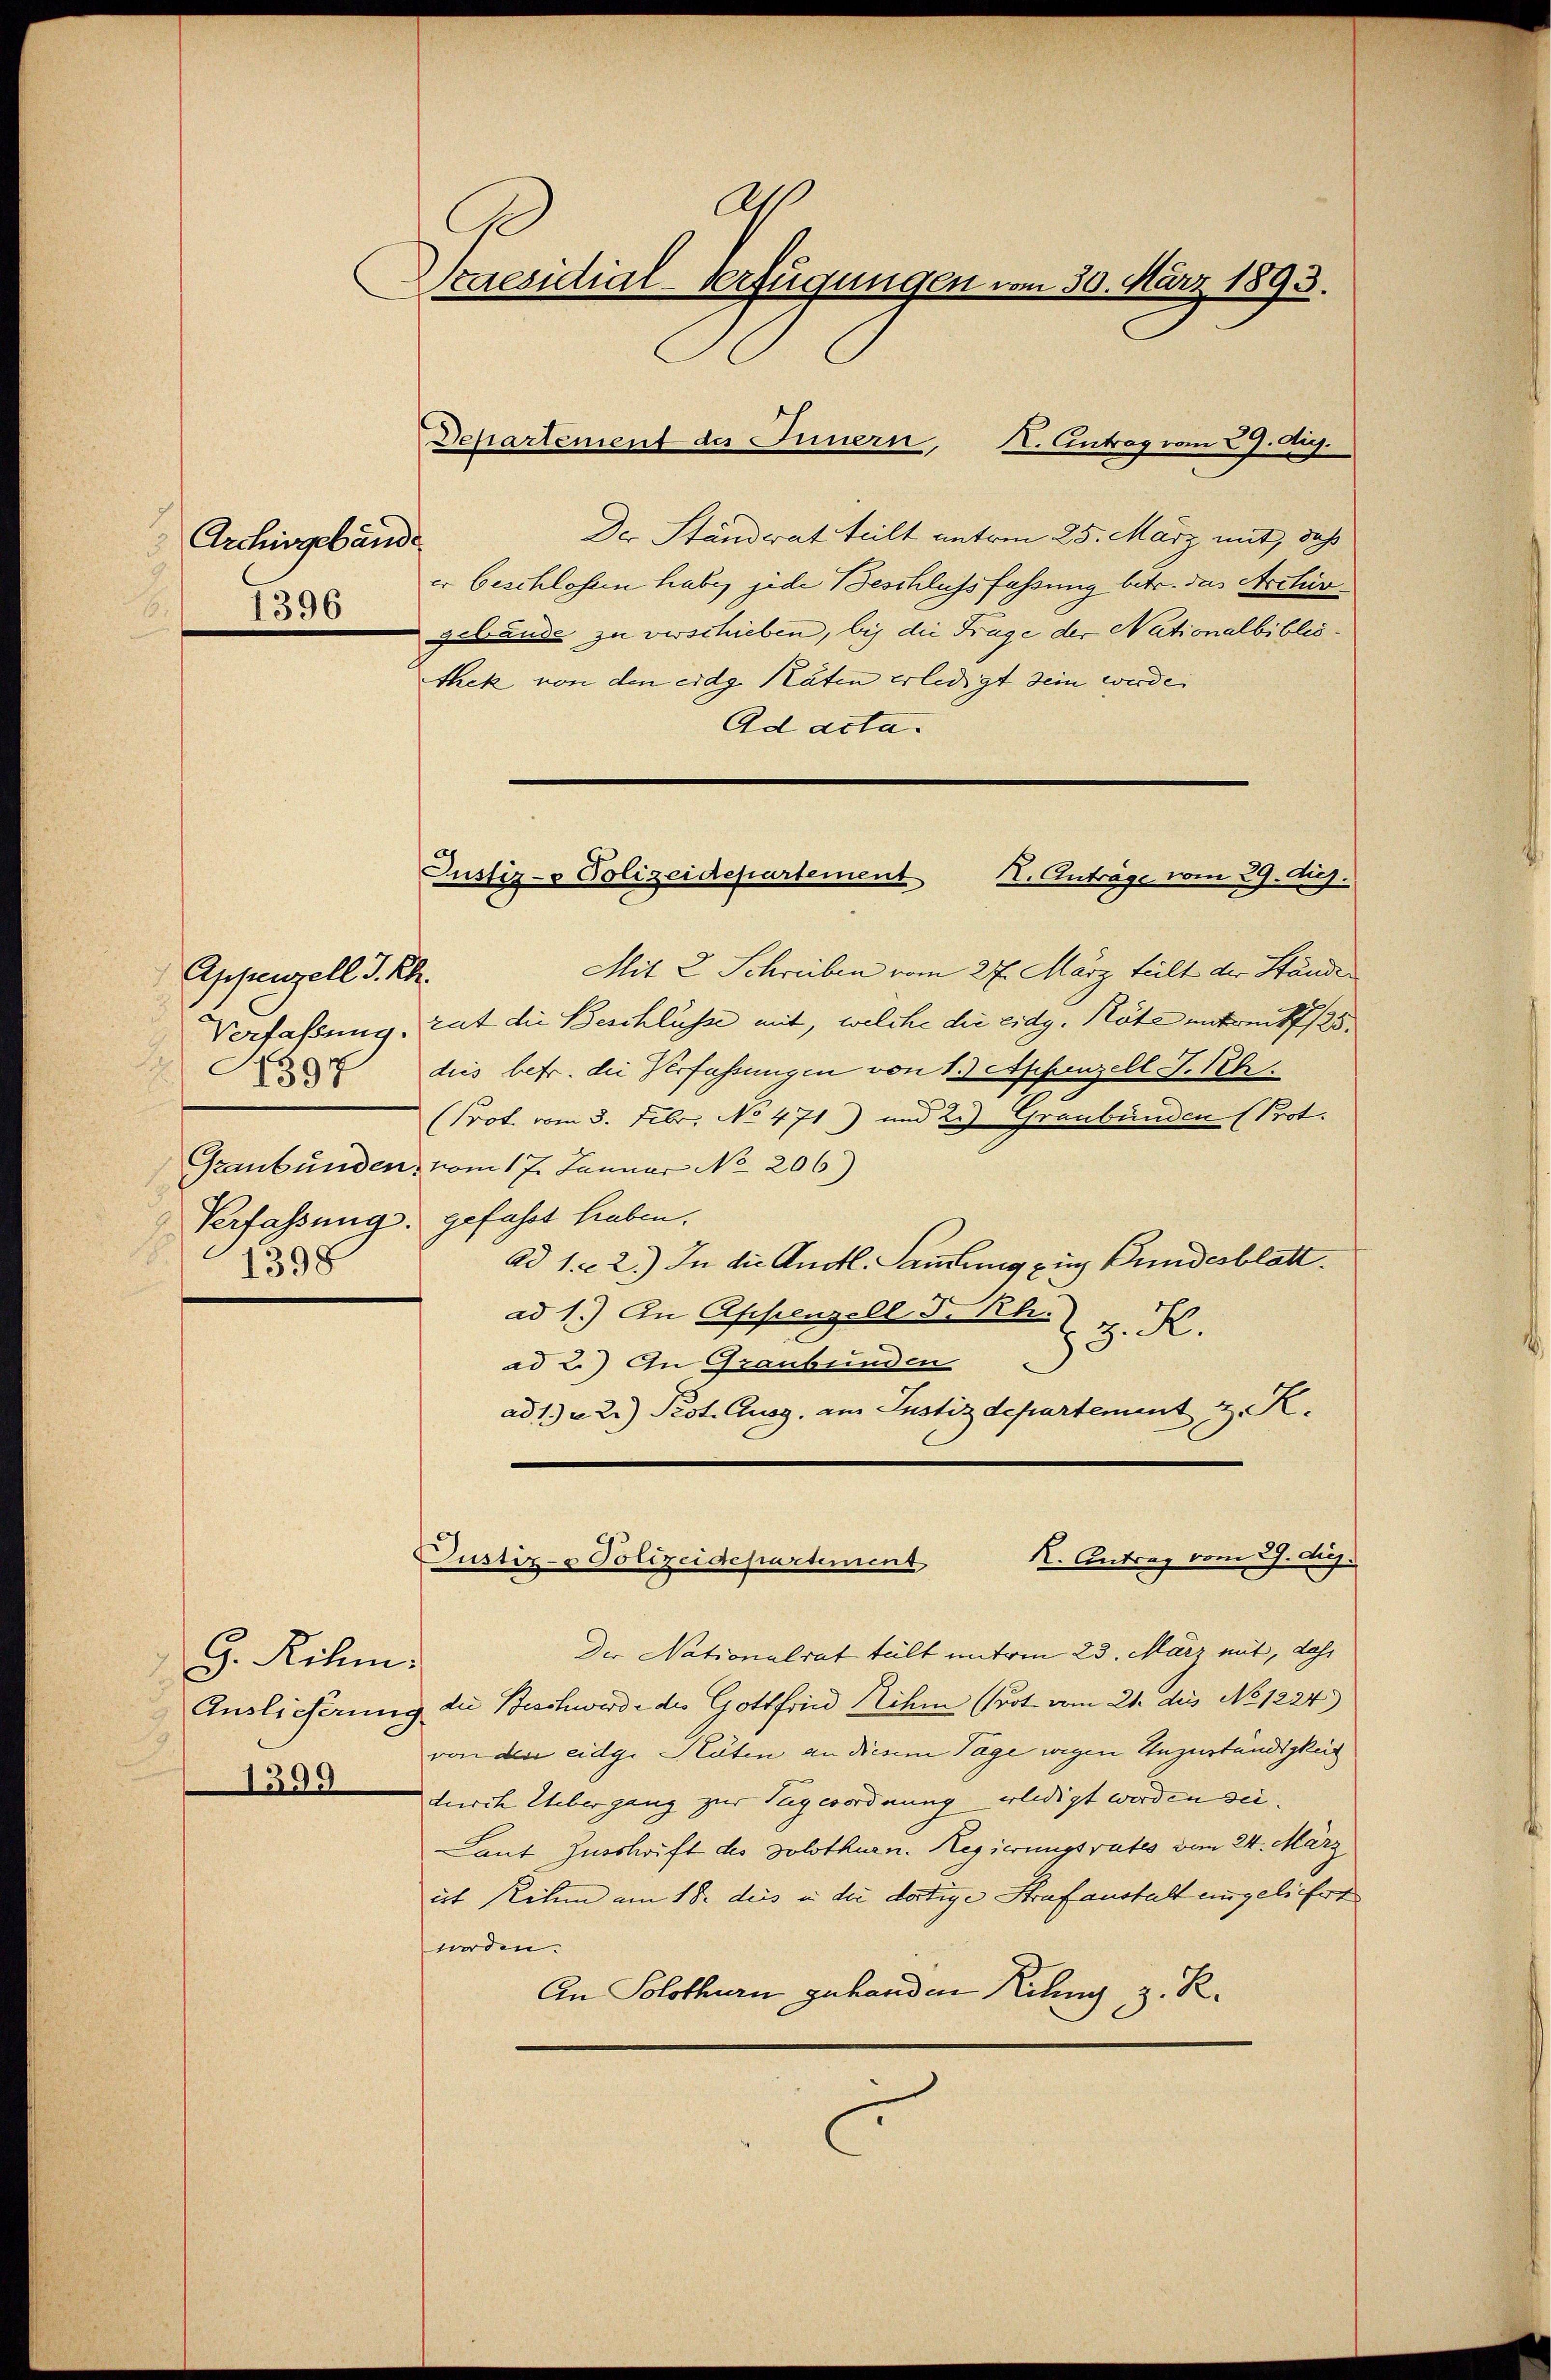
Archivgebäude
1530

Appenzell I.Rh.
Verfaßung.
.
Verfassung.
.
1398

G. Rihm.
Auslieferung
1399

As
Praesidial-Verfügungen vom 30. März 1893.
Departement des Innern, I. Antrag vom 27. Aug.

Der Ständerat teilt unterm 25. März mit, daß
er beschlossen habe, jede Beschlussfassung betr. das Archiv
gebrande zu verschieben, bei die Frage der Nationalbibliothek von den eidg. Räten erledigt sein werde.
Ad acta.
Mit 2 Schreiben vom 27. März teilt der Stände
rut die Beschlüsse mit, welche die eidg. Köte entreits 125.
 dies betr. die Verfahrungen von 13. Appenzell T. Rh.
Prot. vom 3. Febr., No 471) und 2.) Graubünden (Prot.
Graubünden: vom 17. Januar No. 206)
gefasst haben.
ad 1. 2.) In die Anotl. Sammlung ein Bundesblatt.
ad 1.) In Appenzell d. h. z. K.
ad 2.) An Graubünden
ad 1. u 2.) Pest. Ausg. am Justizdepartement z. R.

Der Nationalrat teilt unterm 23. März mit, daß
die Beschwerde des Gottfried ihm (Brot vom 21. die No 1224)
von der eidg. Räten an diesem Tage wegen Unzuständigkeit
durch Uebergang zur Tagesordnung erledigt werden sei.
Laut Zuschrift des Solothurn. Regierungsrates vom 24. März
it Ruhm am 18. dies in die dortige Strafanstalt angeliefert
worden.
An Solothurn gehanden Kiling, z. R.

Justiz- Polizeidepartement II. Antrage vom 29. Aug.

. Antrag vom 29. diej.
Justiz- & Polizeidepartement